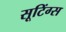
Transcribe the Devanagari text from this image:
सूटिंग्स